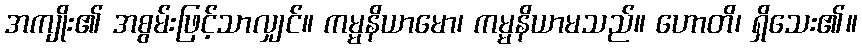
အကျိုး၏ အစွမ်းဖြင့်သာလျှင်။ ကမ္မနိယာမော၊ ကမ္မနိယာမသည်။ ဟောတိ၊ ရှိသေး၏။